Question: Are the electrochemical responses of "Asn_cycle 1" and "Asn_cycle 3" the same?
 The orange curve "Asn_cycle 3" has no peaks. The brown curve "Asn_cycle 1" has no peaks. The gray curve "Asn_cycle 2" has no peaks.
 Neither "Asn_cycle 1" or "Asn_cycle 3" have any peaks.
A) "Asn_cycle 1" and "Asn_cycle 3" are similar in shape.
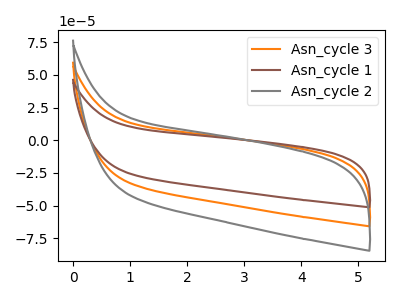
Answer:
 <answer>A) "Asn_cycle 1" and "Asn_cycle 3" are similar in shape.</answer>
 <eval>A</eval>